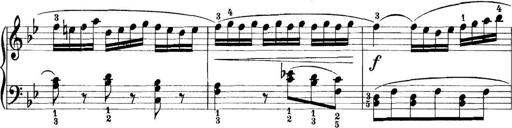
Title: 11 Sonatinas
Composer: Anton Diabelli